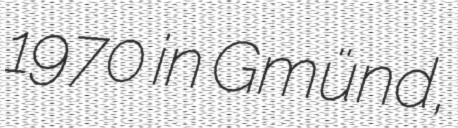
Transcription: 1970 in Gmünd,